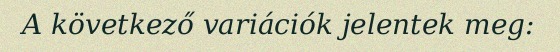
A következő variációk jelentek meg: